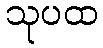
သုပထ